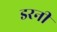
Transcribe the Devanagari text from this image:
डरनी